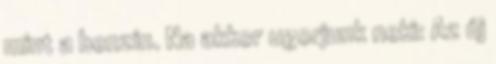
mint a benzin. Na akkor ugorjunk neki: Az új